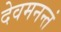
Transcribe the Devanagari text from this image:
देवमनन्तं